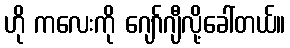
ဟို ကလေးကို ဂျော်ဂျီလို့ခေါ်တယ်။